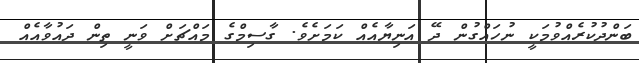
ބަންދުކުރެއްވުމަކީ ނުހައްގުން ދޭ އަނިޔާއެއް ކަމަށެވެ. ގާސިމްގެ މައްޗަށް ވަނީ ތިން ދައުވާއެއް